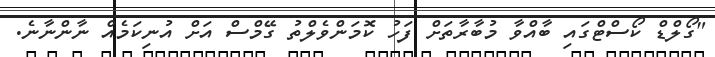
"ގޯލްޑް ކޯސްޓްގައި ބާއްވާ މުބާރާތަށް ފަހު ކޮމަންވެލްތު ގޭމްސް އަށް އުނިކަމެއް ނާންނާނެ.